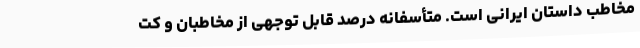
مخاطب داستان ایرانی است. متأسفانه درصد قابل توجهی از مخاطبان و کت